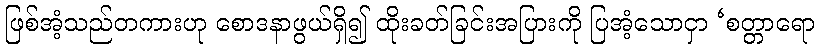
ဖြစ်အံ့သည်တကားဟု စောဒနာဖွယ်ရှိ၍ ထိုးခတ်ခြင်းအပြားကို ပြအံ့သောငှာ ‘စတ္တာရော